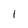
Character: 1